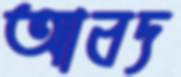
আবদ